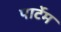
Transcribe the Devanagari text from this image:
पार्टेम